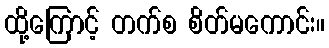
ထို့ကြောင့် တက်စ စိတ်မကောင်း။